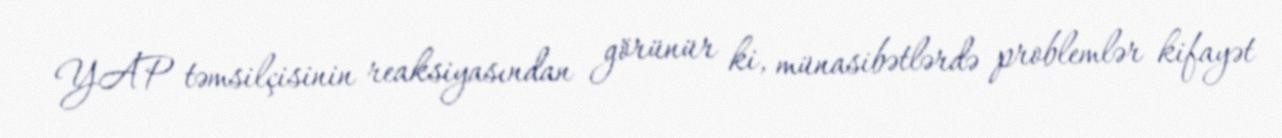
YAP təmsilçisinin reaksiyasından görünür ki, münasibətlərdə problemlər kifayət